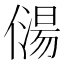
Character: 𠎯